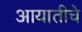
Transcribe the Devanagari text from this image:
आयातीचे